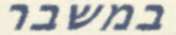
במשבר